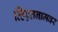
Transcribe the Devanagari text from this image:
व्हिएतनामवर